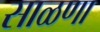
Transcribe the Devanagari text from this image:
साळणा